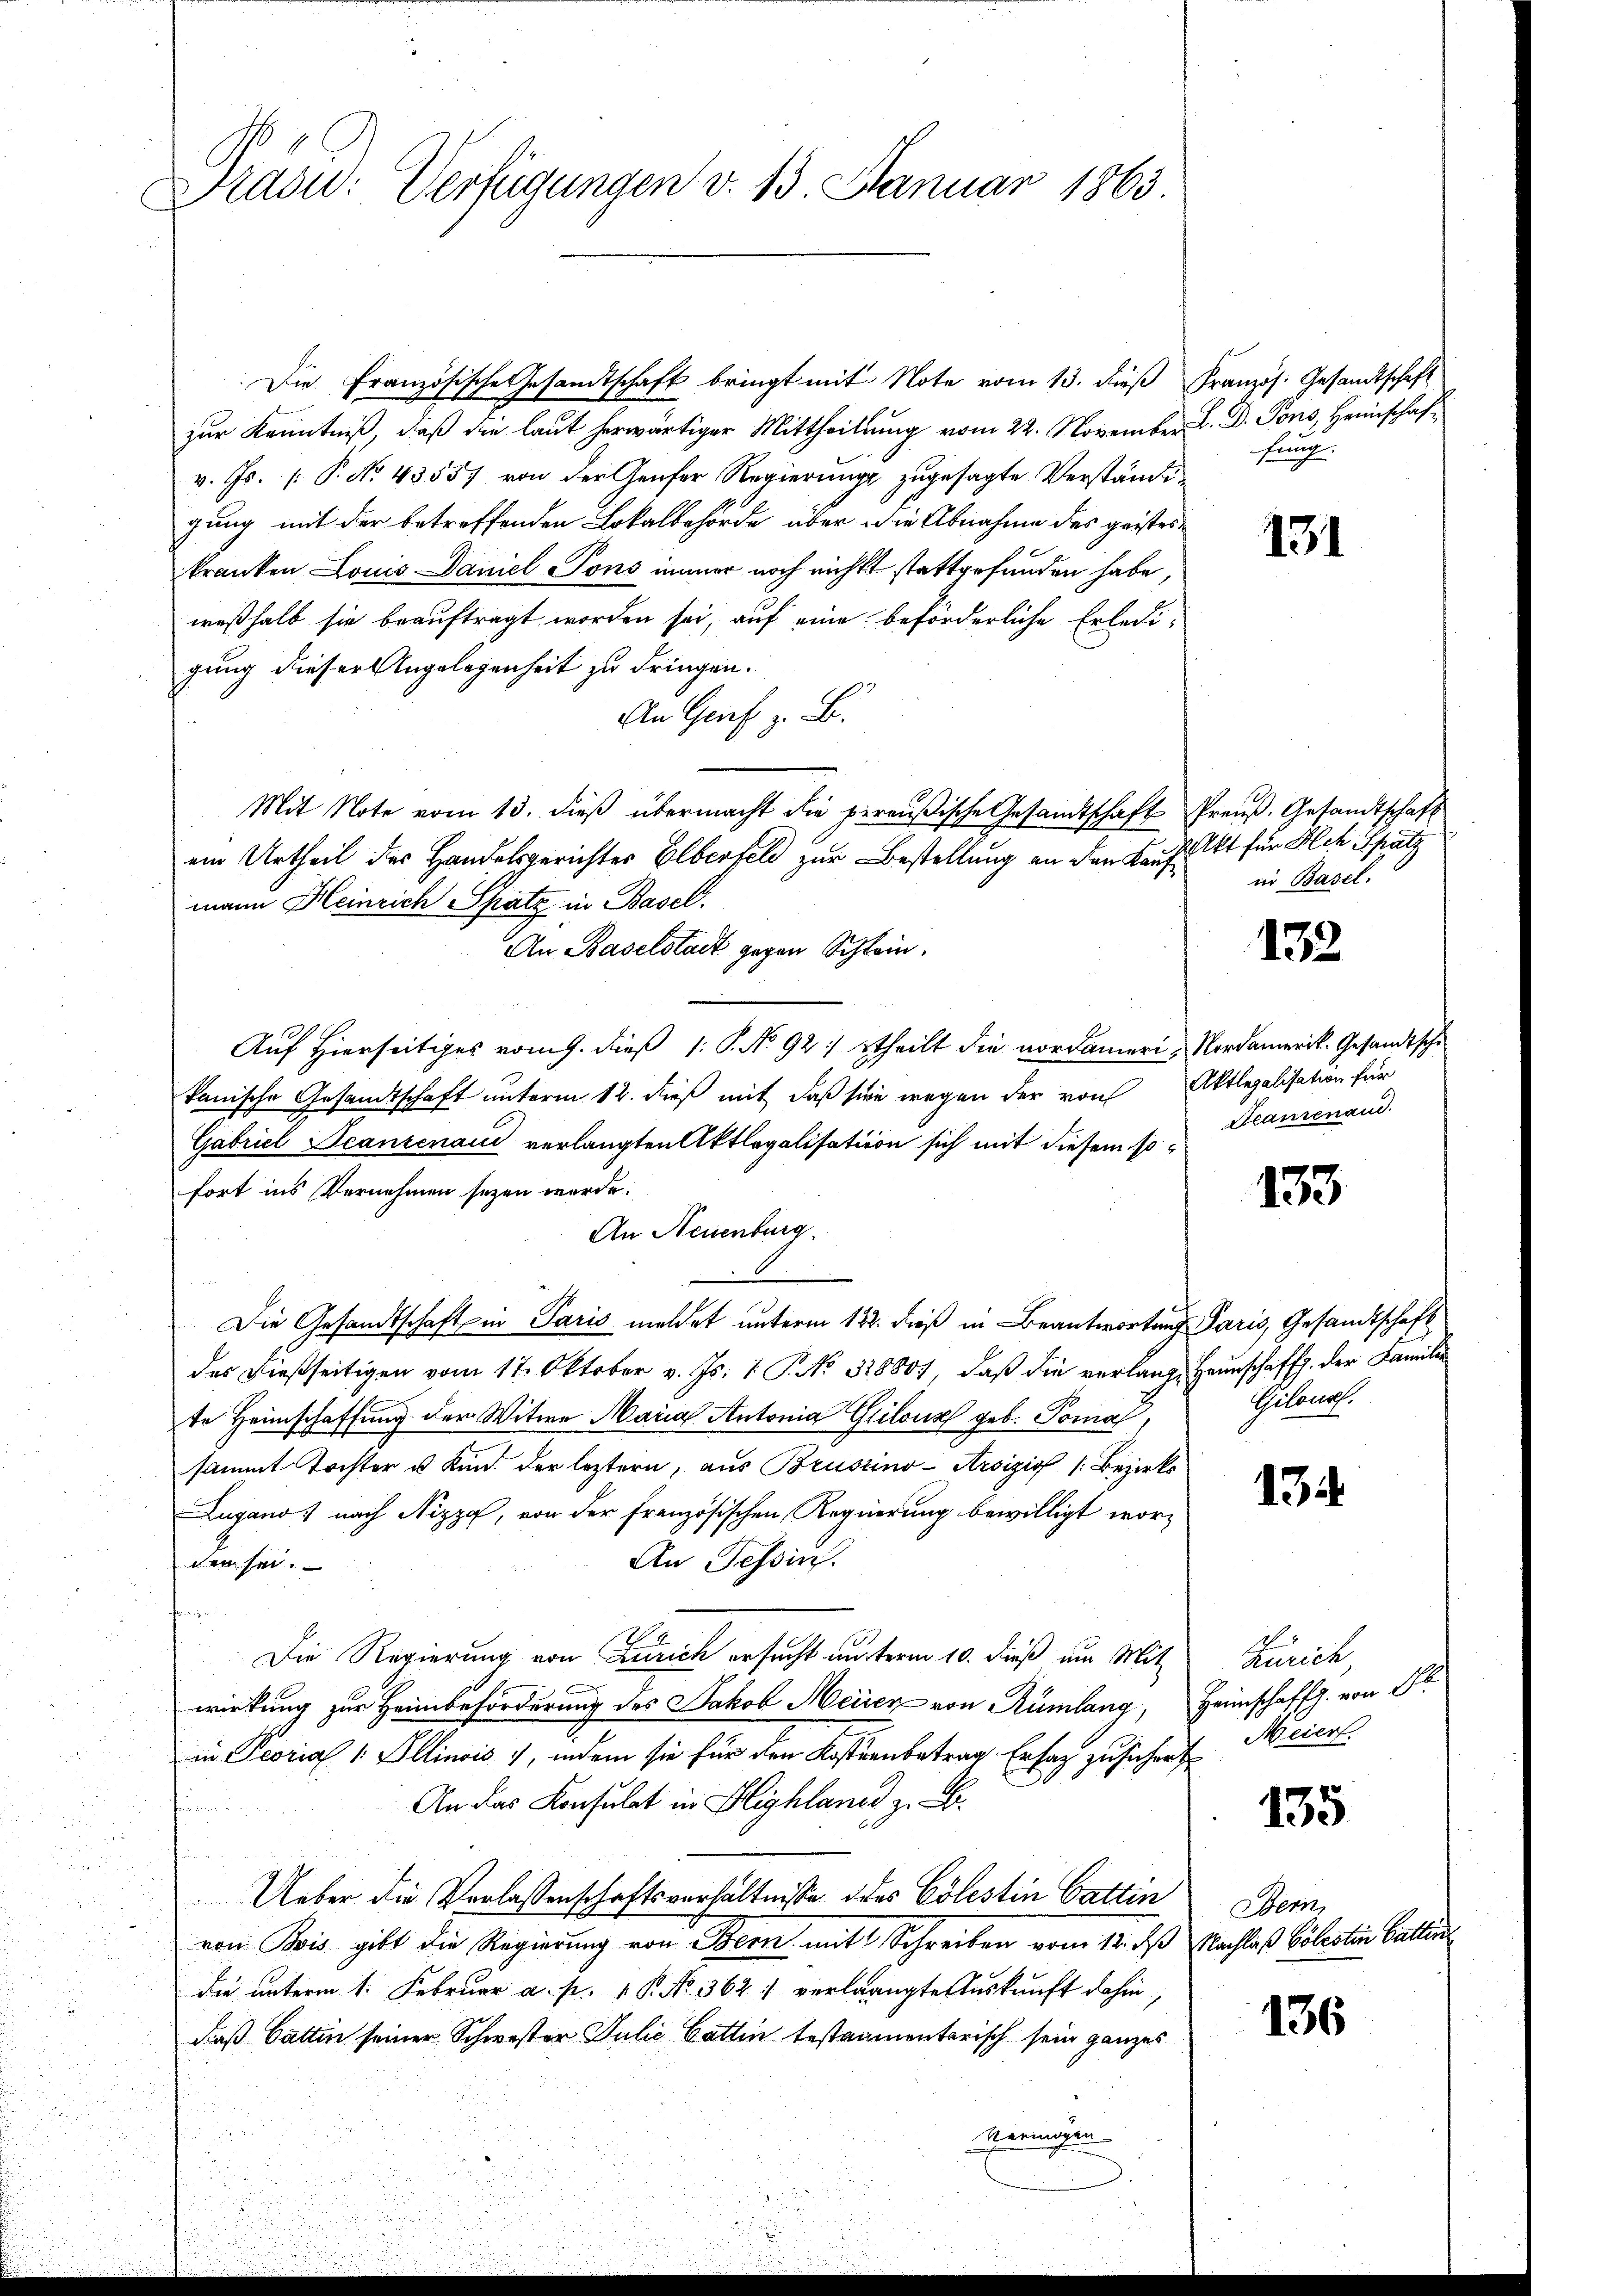
Präsid.: Verfügungen v. 13. Januar 1863

Die Französische Gesandtschaft bringt mit Note vom 13. dieß Französ. Gesandtschaft
zur Kenntniß, daß die laut herwärtiger Mittheilung vom 22. November L. D. Pons, Heimschafv. Js. [ P. No. 43557 von der Genfer Regierung zugesagte Verständi
gung mit der betreffenden Lokalbehörde über die Abnahme des geistes
kranken Louis Daniel Tons immer noch nichts stattgefunden habe,
weßhalb sie beauftragt worden sei, auf eine beförderliche Erledi-
gung dieser Angelegenheit zu dringen.
An Genf z. B.
Mit Note vom 13. dieβ übermacht die pereŭβische Gesandtschaft Preuß. Gesandtschaft
ein Urtheil der Handelsgerichter Elberfeld zur Bestellung an den Kaufmann Heinrich Spatz in Basel.
An Baselstadt gegen Schlein.
Auf Hierseitiges vom 9. dieß 1: P. No. 92. theilt die nordameri, Nordamerik. Gesandtsche
kanische Gesandtschaft unterm 12. dieß mit daß sien wegen der von Aktlegalisation für
Gabriel Seanzenau verlangten Aktlegalisation sich mit diesem sofort ins Vernehmen sezen werde.
An Neuenburg
Die Gesandtschaft in Paris meldet unterm 122. dieß in Beantwortung Paris, Gesandtschaft
des dießseitigen vom 17. Oktober v. Js. v. P. No. 32880), daß die verlange Haunschaffh. der Familie
te Heimschaffung der Witwe Maria Antonia Grilous geb. Tomas,
sammt Tochter u. Kind der leztern, aus Bruszino-Arsizio (Bezirks
Lugano nach Nizza, von der Französischen Regierung bewilligt wor¬
An Tessin.
chen sei.
f
Die Regierung von Zürich ersucht unterm 10. dieß um Mit
wirkung zur Heimbeförderung des Jakob Meisen von Rümlang, Heimschaffh. von 16.
in Peorial 1. Illinois , indem sie für den Kostenbetrag Erfaz zu sichert
An das Konsulat in Blighland z. B.
tum
Ueber die Verlassenschaftsverhältnisse des Cölestin Gattin
von Bois gibt die Regierung von Bern mit Schreiben vom 12. des Nachlaß Cölestin Gattin
die unterm 1. Februar a. p. 1. P. Nr. 362 verlangte Auskunft dahin,
daß Gattin seiner Schwester Julie Gattin testamentarisch sein ganzes
Vermögen

fung.

131

Akt für Alch Spatz
in Basel.

132

Seanrenau.

153

Gilonal.

134

Zürich,
Meier.

135

Obern,

136